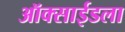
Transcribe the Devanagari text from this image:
ऑक्साईडला